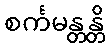
စင်္ကမန္တန္တိ